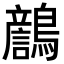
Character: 𪆿